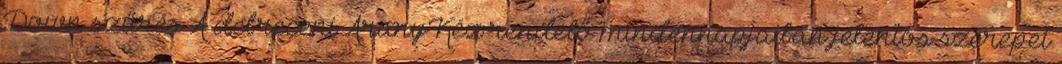
Down szűrés A debreceni AranyKéz rendelő mindennapjaiban jelentős szerepet